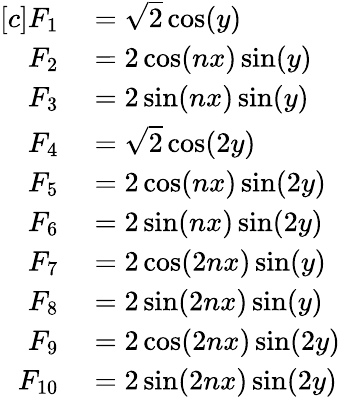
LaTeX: \begin{array}{rl}{[c]F_{1}}&{{}=\sqrt{2}\cos(y)}\\ {F_{2}}&{{}=2\cos(nx)\sin(y)}\\ {F_{3}}&{{}=2\sin(nx)\sin(y)}\\ {F_{4}}&{{}=\sqrt{2}\cos(2y)}\\ {F_{5}}&{{}=2\cos(nx)\sin(2y)}\\ {F_{6}}&{{}=2\sin(nx)\sin(2y)}\\ {F_{7}}&{{}=2\cos(2nx)\sin(y)}\\ {F_{8}}&{{}=2\sin(2nx)\sin(y)}\\ {F_{9}}&{{}=2\cos(2nx)\sin(2y)}\\ {F_{10}}&{{}=2\sin(2nx)\sin(2y)}\end{array}